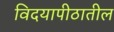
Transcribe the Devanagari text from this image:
विदयापीठातील